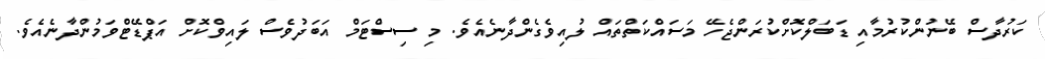
ކަރުދާސް ބޭނުންކުރުމާއި ޑަބަލްކޮށްކުރަންޖެހޭ މަސައްކަތްތައް ލުއިވެގެންދާނެއެވެ. މި ސިސްޓަމް އަބަދުވެސް ލައިވްކޮށް އަޕްޑޭޓްވަމުންދާނެއެވެ.